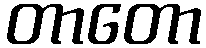
တာတော